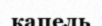
капель